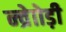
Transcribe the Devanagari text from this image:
न्व्रेाोड़ी